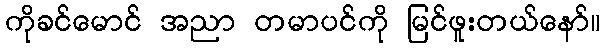
ကိုခင်မောင် အညာ တမာပင်ကို မြင်ဖူးတယ်နော်။